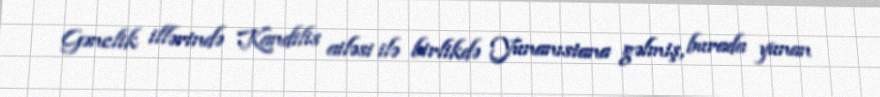
Gənclik illərində Kandilis ailəsi ilə birlikdə Yunanıstana gəlmiş, burada yunan